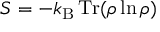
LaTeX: S = - k _ { \mathrm { B } } \, \mathrm { { T r } } ( \rho \ln \rho )